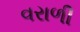
વરાળી